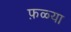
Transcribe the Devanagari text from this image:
फ़ळ्या